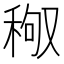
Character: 䅓